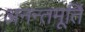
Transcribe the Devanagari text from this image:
अनन्तमूर्ति